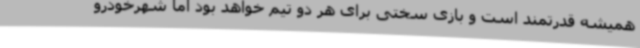
همیشه قدرتمند است و بازی سختی برای هر دو تیم خواهد بود اما شهرخودرو